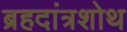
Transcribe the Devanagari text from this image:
ब्रहदांत्रशोथ